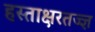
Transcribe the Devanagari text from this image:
हस्ताक्षरतज्ज्ञ